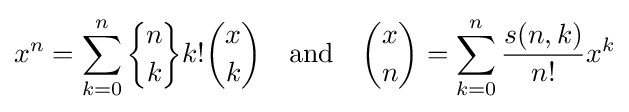
x^{n}=\sum _{k=0}^{n}{\biggl \{}{\!n\! \atop \!k\!}{\biggr \}}k!{\binom {x}{k}}\quad {\text{and}}\quad {\binom {x}{n}}=\sum _{k=0}^{n}{\frac {s(n,k)}{n!}}x^{k}